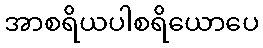
အာစရိယပါစရိယောပေ